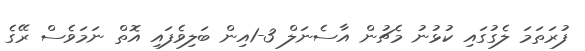
ފުރަތަމަ ލެގުގައި ކުޅުނު މެޗުން އާސެނަލް 3-1އިން ބަލިވެފައި އޮތް ނަމަވެސް ރޭގެ